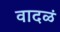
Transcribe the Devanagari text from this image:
वादळं